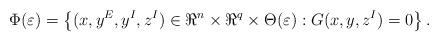
LaTeX: \begin{align*}\Phi(\varepsilon)=\left\{(x,y^E,y^I, z^I) \in \Re^n \times \Re^q \times \Theta(\varepsilon): G(x,y,z^I)=0\right\}.\end{align*}